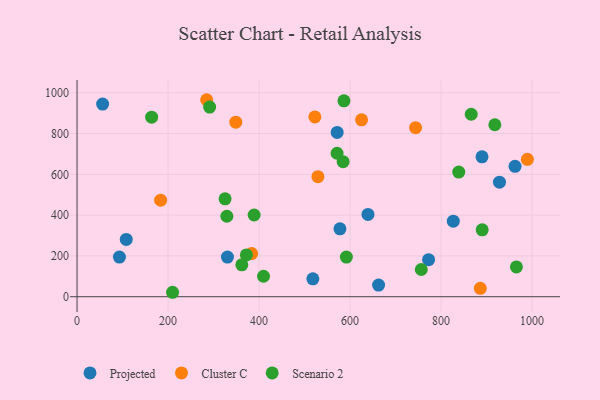
{"axis": {"x": "Investment", "y": "Rating"}, "legend": ["Cluster C", "Projected", "Scenario 2"], "data": [{"x": "330.5", "y": 194.2, "type": "Projected"}, {"x": "93.1", "y": 194.4, "type": "Projected"}, {"x": "56.2", "y": 944.8, "type": "Projected"}, {"x": "928.3", "y": 561.6, "type": "Projected"}, {"x": "639.3", "y": 403.5, "type": "Projected"}, {"x": "518.2", "y": 87.9, "type": "Projected"}, {"x": "571.6", "y": 805.6, "type": "Projected"}, {"x": "577.7", "y": 333.0, "type": "Projected"}, {"x": "108.1", "y": 281.1, "type": "Projected"}, {"x": "772.5", "y": 181.6, "type": "Projected"}, {"x": "962.5", "y": 639.3, "type": "Projected"}, {"x": "826.8", "y": 370.3, "type": "Projected"}, {"x": "889.9", "y": 686.0, "type": "Projected"}, {"x": "662.6", "y": 56.9, "type": "Projected"}, {"x": "625.2", "y": 867.6, "type": "Cluster C"}, {"x": "529.3", "y": 588.6, "type": "Cluster C"}, {"x": "348.8", "y": 855.8, "type": "Cluster C"}, {"x": "522.6", "y": 881.9, "type": "Cluster C"}, {"x": "886.2", "y": 41.4, "type": "Cluster C"}, {"x": "284.8", "y": 966.0, "type": "Cluster C"}, {"x": "989.6", "y": 673.5, "type": "Cluster C"}, {"x": "743.9", "y": 828.7, "type": "Cluster C"}, {"x": "183.7", "y": 473.6, "type": "Cluster C"}, {"x": "383.6", "y": 211.6, "type": "Cluster C"}, {"x": "584.7", "y": 662.2, "type": "Scenario 2"}, {"x": "571.4", "y": 703.5, "type": "Scenario 2"}, {"x": "918.1", "y": 843.4, "type": "Scenario 2"}, {"x": "586.5", "y": 960.6, "type": "Scenario 2"}, {"x": "163.9", "y": 880.5, "type": "Scenario 2"}, {"x": "389.1", "y": 400.7, "type": "Scenario 2"}, {"x": "329.2", "y": 394.6, "type": "Scenario 2"}, {"x": "362.1", "y": 156.6, "type": "Scenario 2"}, {"x": "591.9", "y": 194.4, "type": "Scenario 2"}, {"x": "325.3", "y": 480.0, "type": "Scenario 2"}, {"x": "890.3", "y": 327.9, "type": "Scenario 2"}, {"x": "291.4", "y": 930.0, "type": "Scenario 2"}, {"x": "409.8", "y": 100.3, "type": "Scenario 2"}, {"x": "372.1", "y": 204.9, "type": "Scenario 2"}, {"x": "965.5", "y": 146.3, "type": "Scenario 2"}, {"x": "838.8", "y": 611.3, "type": "Scenario 2"}, {"x": "756.5", "y": 133.4, "type": "Scenario 2"}, {"x": "866.2", "y": 894.8, "type": "Scenario 2"}, {"x": "209.9", "y": 21.8, "type": "Scenario 2"}]}